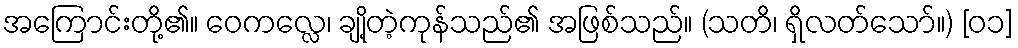
အကြောင်းတို့၏။ ဝေကလ္လေ၊ ချို့တဲ့ကုန်သည်၏ အဖြစ်သည်။ (သတိ၊ ရှိလတ်သော်။) [၀၁]